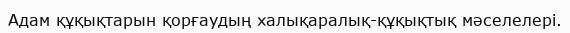
Адам құқықтарын қорғаудың халықаралық-құқықтық мәселелері.